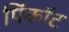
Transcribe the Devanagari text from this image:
पिंकॉट